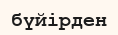
бүйірден